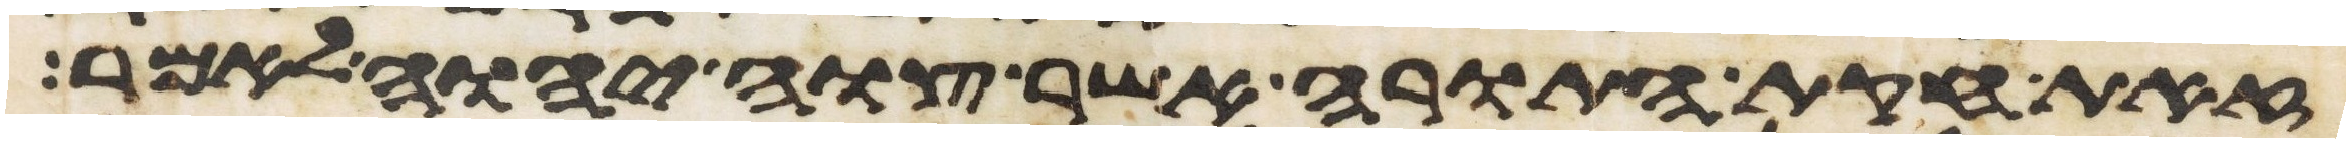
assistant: זאת חקות התורה אשר צוה יהוה לאמר